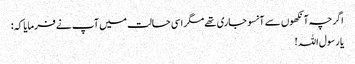
اگرچہ آنکھوں سے آنسو جاری تھے مگر اسی حالت میں آپ نے فرمایا کہ:
یا رسول اللہ!